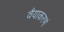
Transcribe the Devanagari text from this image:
वैयाकरणं